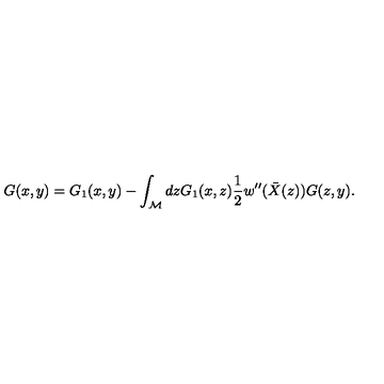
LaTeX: G ( x , y ) = G _ { 1 } ( x , y ) - \int _ { \cal M } d z G _ { 1 } ( x , z ) \frac 1 2 w ^ { \prime \prime } ( \bar { X } ( z ) ) G ( z , y ) .